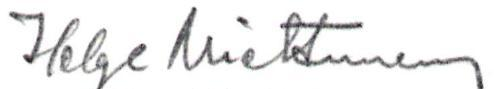
Helge Miettunen